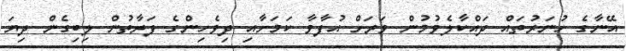
އޭނާގެ ހުނަރުތައް ދައްކާލެވުމުން ވަރަށް އުފާވާ ކަމަށާއި ދިވެހިންގެ ފަރާތުން ލިބިގެން ދިޔަ